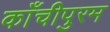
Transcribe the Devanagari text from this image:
काँचीपुरम